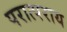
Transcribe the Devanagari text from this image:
परात्पराय